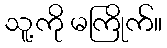
သူ့ကို မကြိုက်။